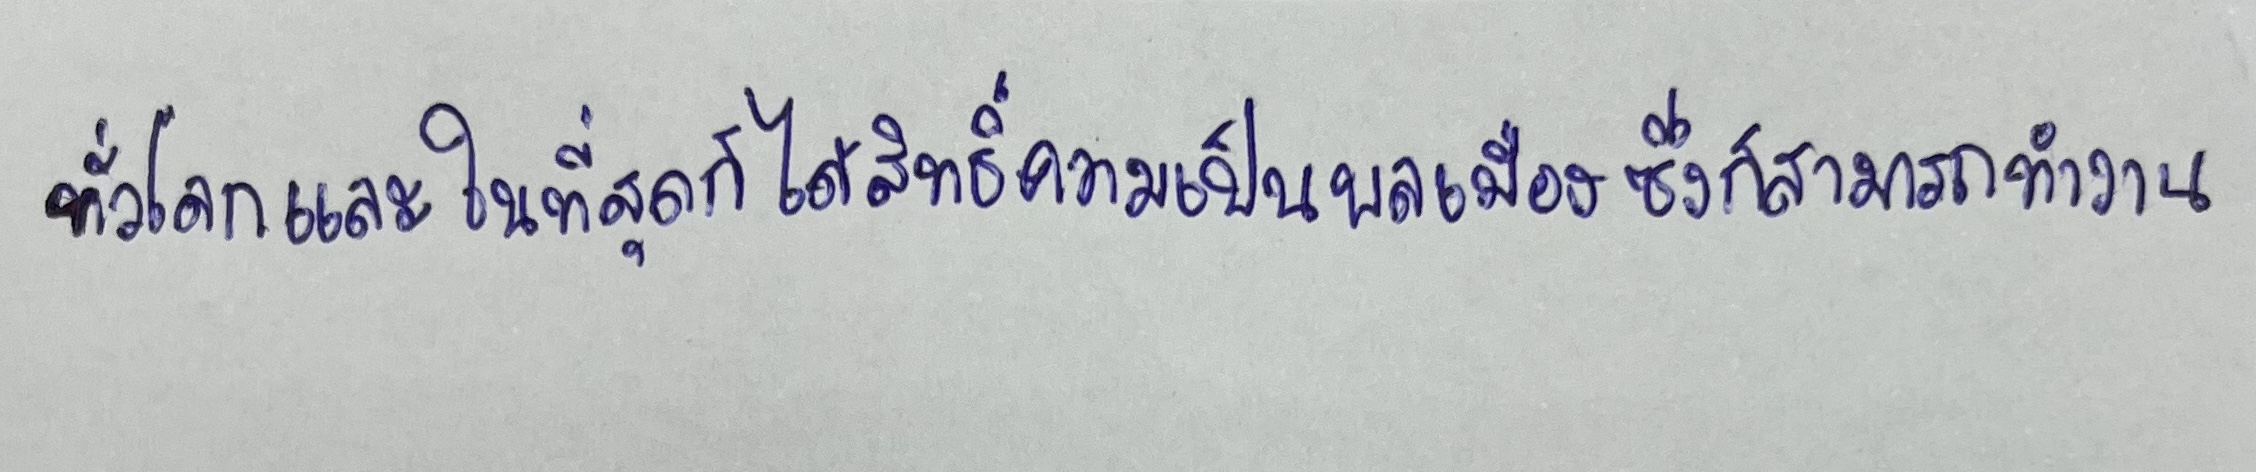
ทั่วโลกและในที่สุดก็ได้สิทธิ์ความเป็นพลเมืองซึ่งก็สามารถทำงาน